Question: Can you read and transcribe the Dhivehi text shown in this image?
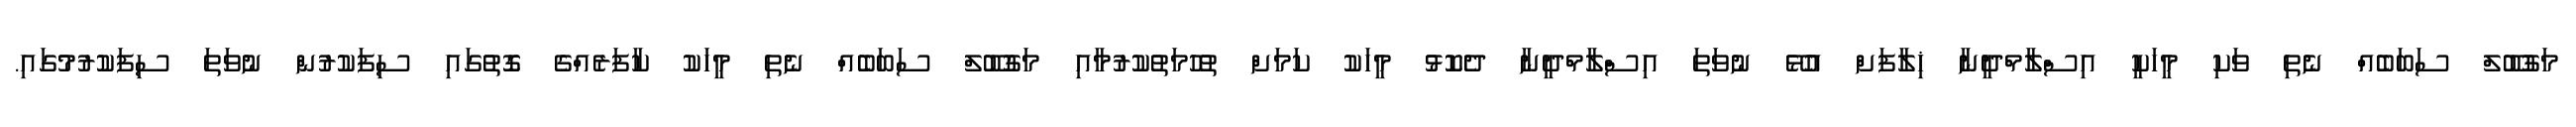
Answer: މަގުބޫލް ސަބަބެއް ނެތި ވަކި މީހަކީ އިސްލާމްދީނާ ޚިލާފަށް އުޅޭ ނުވަތަ އިސްލާމްދީނާ ދެކޮޅު މީހަކު ކަމަށް ތުހުމަތުކުރުމާއި މަގުބޫލް ސަބަބެއް ނެތި މީހަކު ކާފަރެއްގެ ގޮތުގައި ސިފަކުރުން ނުވަތަ ސިފަކުރުމުގައި.